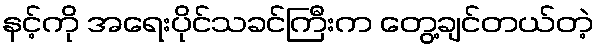
နင့်ကို အရေးပိုင်သခင်ကြီးက တွေ့ချင်တယ်တဲ့